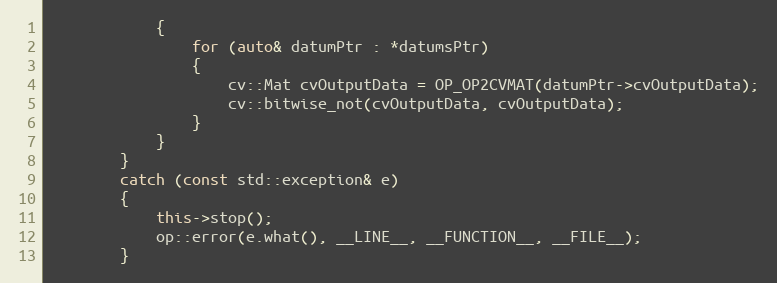
Language: C++
            {
                for (auto& datumPtr : *datumsPtr)
                {
                    cv::Mat cvOutputData = OP_OP2CVMAT(datumPtr->cvOutputData);
                    cv::bitwise_not(cvOutputData, cvOutputData);
                }
            }
        }
        catch (const std::exception& e)
        {
            this->stop();
            op::error(e.what(), __LINE__, __FUNCTION__, __FILE__);
        }